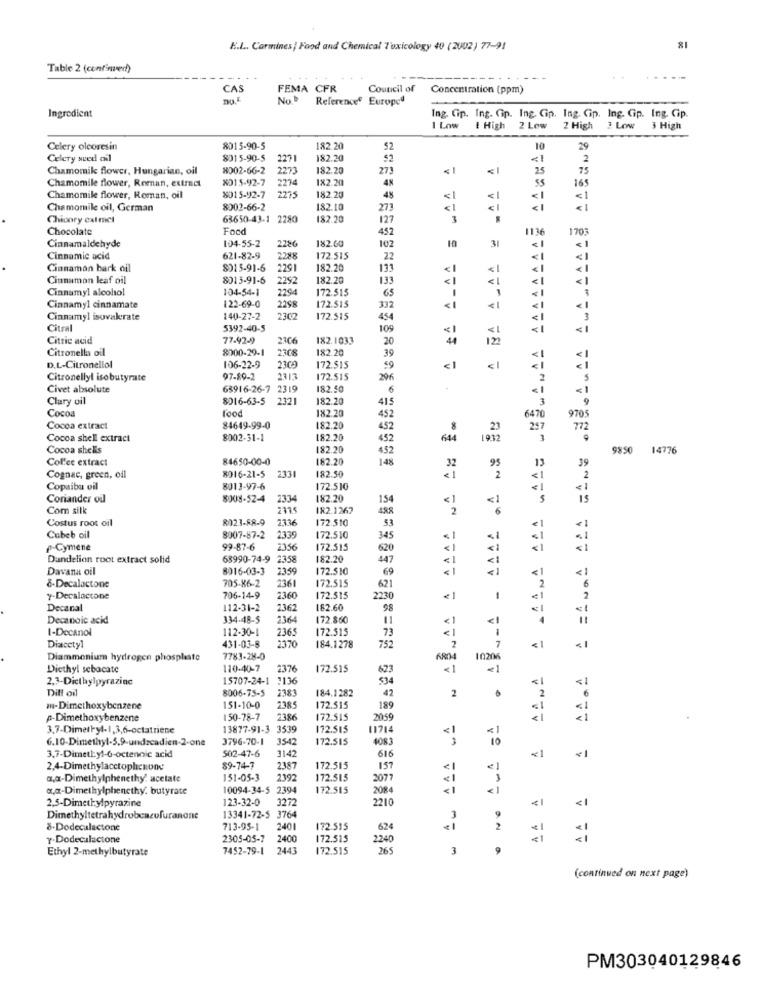
E.L. Carmines| Food and Chemical Toxicology 40 (2002) 77-91
81
Table 2 (confined)
CAS
FEMA CFR
Council of
Concentration (ppm)
No
Reference Europe!
-
Ingredient
Ing. Cip. Ing. Cip. Ing. Cip. Ing. Cip. Ing. Gp. Ing. Cip.
I Low
E High
2 Lew
2 High
Low
3 High
Celery oleoresin
8015-90-5
182.20
52
10
29
Celery seed oil
8015-90-5
2271
182.20
52
<1
2
Chamomike flower, Hungarian, oil
8002-66-2
2273
182.20
273
<1
25
75
Chamomile flower, Roman, extract
X015-92-7
2274
1X2.20
48
165
2275
Chamomile flower, Roman, oil
8015-92-7
182.20
4%
«1
<1
<1
Chamomile oil, German
8002-66-2
182.10
273
< 1
<1
< 1
Chicory extract
63650-43-1 2280
182.20
127
Chocolate
Food
452
1136
1703
104-55-2
182.60
102
Cinnamaldehyde
2286
31
< 1
Cinnamic acid
621-82-9
2288
172.515
22
A NA ALLA
< 1
Cinnamon bark oil
8015-91-6
2291
182.20
13
< 1
Cinnamon leaf oil
8015-91-6
2292
182.20
133
<1
<1
< 1
Cinnamyl alcohol
104-54-1
172 515
2294
65
<1
Cinnamyl cinnamate
122-69-0
2258
172.515
332
<1
€1
< 1
Cinnamyl isovakrate
140-27-2
2302
172.515
454
Citral
5392-40-5
109
Citric acid
77-92-9
2306
182.1033
20
Citronella oil
8200-29-1
2308
182.20
39
2300
D.L-Citronellol
106-22-9
172.$15
59
<1
Citronellyl isobutyrate
97-89-2
172.515
296
2
5
Civet absolute
63916-26-7
2319
182.40
< 1
Clary oil
8016-63-5
182.20
415
3
9
Cocoa
182.20
452
6470
970
Cocoa extract
84649-99-0
182.20
452
8
297
772
Cocoa shell extract
8002-31-1
182.20
452
644
3
Cocoa shells
182.20
452
9850 14776
Col'ee extract
84650-00-0
82.20
148
13
2331
182.50
32
39
Cognac, green, oil
8016-21-5
< 1
2
< 1
2
Copaiba vil
8013-97-6
172.510
€ 1
Coriander oil
8008-52-4
2334
82.20
154
< 1
IS
Com silk
182.1267
488
2
<1
A AANA A ALANA ALL
Costus root oil
8021-FR-9
2136
172.510
53
Cubeb oil
8007-87-2
2339
172.510
345
< 1
p-Cymene
99-87-6
2356
172.515
620
Dandelion root extract solid
63990-74-9 2358
182.20
447
<1
<1
Davana oil
8016-03-3
2359
172.510
69
<1
< 1
< 1
705-86-2
172.515
621
8-Decalactone
2361
2
6
y-Decalactone
706-14-9
2360
172.515
2230
-
2
Decanal
112-31-2
2362
182.60
98
Decanoic acid
334-48-5
2364
172.860
11
< 1
1
ii
1-Decanol
112-30-1
2365
172.515
7
< 1
Diacetyl
431-03-8
2370
184.1278
752
2
< 1
<1
Diammonium hydrogen phosphate
7783-28-0
10206
Diethyl sebacate
110-40-7
2376
172.515
623
<1
< 1
2,3-Diethylpyrazinc
15707-24-1
1136
534
< 1
<1
Ditt oil
8006-75-5
2383
184.1282
42
2
2
m-Dimethoxybenzene
151-10-0
2385
172.515
189
p-Dimethoxybenzene
150-78-7
2386
172.515
2059
NO AU1 54
< 1
3.7-Dimethyl-1,3,6-octatnene
13877-91-3 3539
72.515
11714
6.10-Dimethyl-3,9-undzcadien-2-one
3796-70-1
3542
172.515
4083
< 1
502-47-6
616
3,7-Dimethyl-6-octenoic acid
3142
<1
<1
2,4-Dimethylacctoplcnon
89-74-7
2387
172.515
157
<1
a,a-Dimethylphenethy' acetate
151-05-3
2392
172.515
2077
a,g-Dimethylphenethy. butyrate
10094-34-5 2
2394
172.515
2084
<1
< 1
AA A
2,5-Dimethylpyrazine
123-32-0
3272
<1
Dimethyltetrahydrobenzufuranone
13341-72-5 3
3764
3
8-Dodecalactone
713-95-1
2401
172.515
624
€1
2
Y-Dodecalactone
2305-05-7
2400
172.515
2240
Ethyl 2-methylbutyrate
7452-79-1
2443
172.515
265
3
9
(continued on next page)
PM303040129846